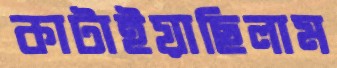
কাটাইয়াছিলাম